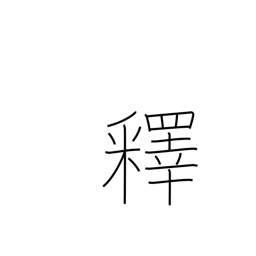
Meaning: explain